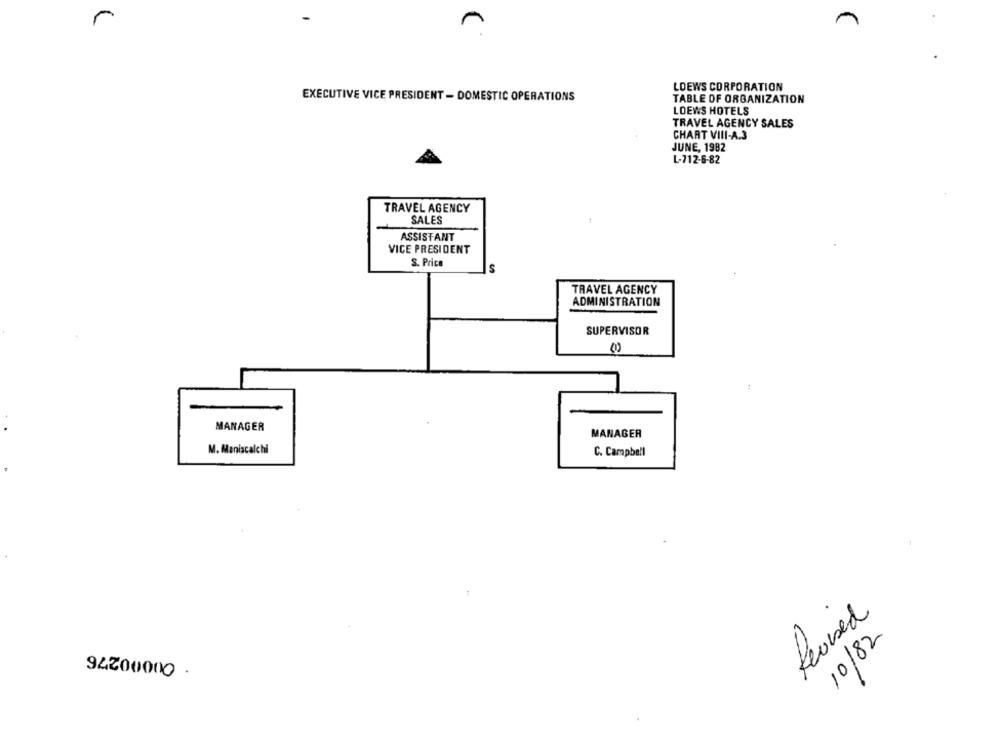
r
LOEWS CORPORATION
EXECUTIVE VICE PRESIDENT - DOMESTIC OPERATIONS
TABLE OF ORGANIZATION
LOEWS HOTELS
TRAVEL AGENCY SALES
CHART VIII-A.3
JUNE, 1982
L-712-6-82
TRAVEL AGENCY
SALES
ASSISTANT
VICE PRESIDENT
S. Price
S
TRAVEL AGENCY
ADMINISTRATION
SUPERVISOR
00
MANAGER
MANAGER
M. Maniscalchi
C. Campbell
Revised
10/82
94200000 .